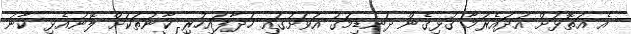
އެ އަތޮޅަށް އުދައެރުމާ ގުޅިގެން ދަނޑިމަގު އަވަށުގައި ހަދާފައިހުރި ކާނުތަކަށް ލޮނުއެޅި ކާނު